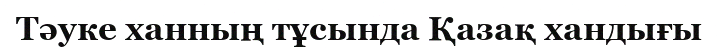
Тәуке ханның тұсында Қазақ хандығы